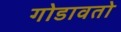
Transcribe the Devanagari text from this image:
गोडावतो